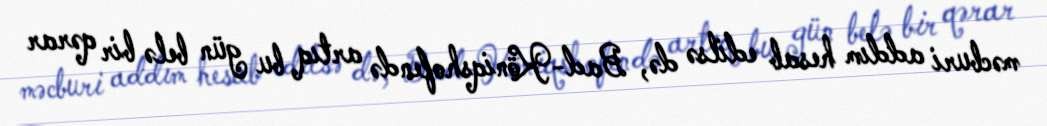
məcburi addım hesab edilsə də, Bad-Köniqshofendə artıq bu gün belə bir qərar